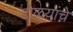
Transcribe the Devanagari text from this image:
टोळय़ांचे